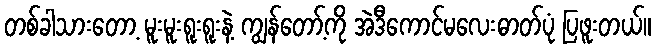
တစ်ခါသားတော့ မူးမူးရူးရူးနဲ့ ကျွန်တော့်ကို အဲဒီကောင်မလေးဓာတ်ပုံ ပြဖူးတယ်။